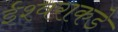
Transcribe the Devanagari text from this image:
ईश्‍वराकडे